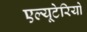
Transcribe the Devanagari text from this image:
एल्यूटेरियो